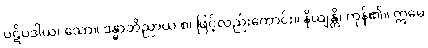
ပဋိပဒါယ၊ သော။ ဒန္ဓာဘိညာယ စ၊ ဖြင့်လည်းကောင်း။ နိယျန္တိ၊ ကုန်၏။ ဣမေ